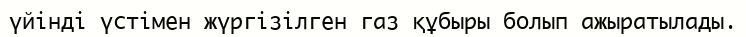
үйінді үстімен жүргізілген газ құбыры болып ажыратылады.